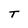
Character: T